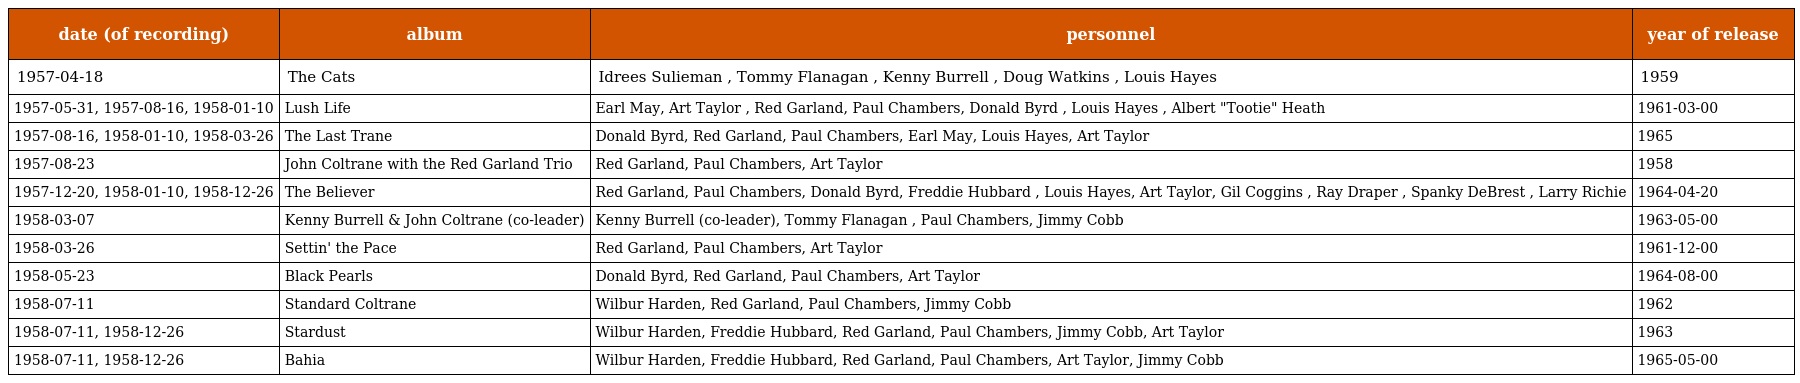
| date (of recording) | album | personnel | year of release |
 | --- | --- | --- | --- |
 | 1957-04-18 | The Cats | Idrees Sulieman , Tommy Flanagan , Kenny Burrell , Doug Watkins , Louis Hayes | 1959 |
 | 1957-05-31, 1957-08-16, 1958-01-10 | Lush Life | Earl May, Art Taylor , Red Garland, Paul Chambers, Donald Byrd , Louis Hayes , Albert "Tootie" Heath | 1961-03-00 |
 | 1957-08-16, 1958-01-10, 1958-03-26 | The Last Trane | Donald Byrd, Red Garland, Paul Chambers, Earl May, Louis Hayes, Art Taylor | 1965 |
 | 1957-08-23 | John Coltrane with the Red Garland Trio | Red Garland, Paul Chambers, Art Taylor | 1958 |
 | 1957-12-20, 1958-01-10, 1958-12-26 | The Believer | Red Garland, Paul Chambers, Donald Byrd, Freddie Hubbard , Louis Hayes, Art Taylor, Gil Coggins , Ray Draper , Spanky DeBrest , Larry Richie | 1964-04-20 |
 | 1958-03-07 | Kenny Burrell & John Coltrane (co-leader) | Kenny Burrell (co-leader), Tommy Flanagan , Paul Chambers, Jimmy Cobb | 1963-05-00 |
 | 1958-03-26 | Settin' the Pace | Red Garland, Paul Chambers, Art Taylor | 1961-12-00 |
 | 1958-05-23 | Black Pearls | Donald Byrd, Red Garland, Paul Chambers, Art Taylor | 1964-08-00 |
 | 1958-07-11 | Standard Coltrane | Wilbur Harden, Red Garland, Paul Chambers, Jimmy Cobb | 1962 |
 | 1958-07-11, 1958-12-26 | Stardust | Wilbur Harden, Freddie Hubbard, Red Garland, Paul Chambers, Jimmy Cobb, Art Taylor | 1963 |
 | 1958-07-11, 1958-12-26 | Bahia | Wilbur Harden, Freddie Hubbard, Red Garland, Paul Chambers, Art Taylor, Jimmy Cobb | 1965-05-00 |